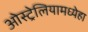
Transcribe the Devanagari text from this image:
ओस्ट्रेलियामध्येहा